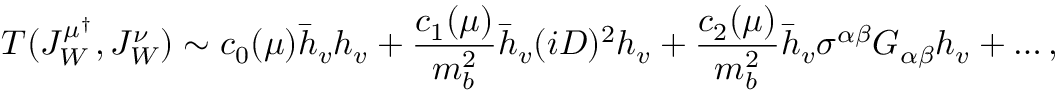
T ( J _ { W } ^ { \mu ^ { \dagger } } , J _ { W } ^ { \nu } ) \sim c _ { 0 } ( \mu ) \bar { h } _ { v } h _ { v } + { \frac { c _ { 1 } ( \mu ) } { m _ { b } ^ { 2 } } } \bar { h } _ { v } ( i D ) ^ { 2 } h _ { v } + { \frac { c _ { 2 } ( \mu ) } { m _ { b } ^ { 2 } } } \bar { h } _ { v } \sigma ^ { \alpha \beta } G _ { \alpha \beta } h _ { v } + \dots ,